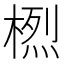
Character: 𱣽